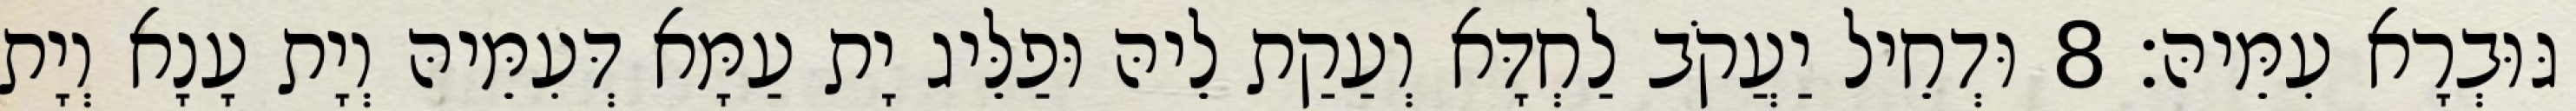
גּוּבְרָא עִמֵּיהּ׃ 8 וּדְחֵיל יַעֲקֹב לַחְדָּא וְעַקַת לֵיהּ וּפַלֵּיג יָת עַמָּא דְּעִמֵּיהּ וְיָת עָנָא וְיָת